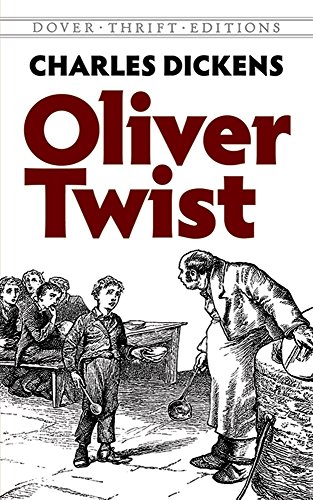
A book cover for Oliver Twist (Dover Thrift Editions); Charles Dickens; Literature & Fiction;